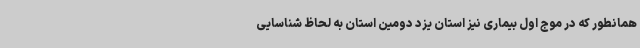
همانطور که در موج اول بیماری نیز استان یزد دومین استان به لحاظ شناسایی